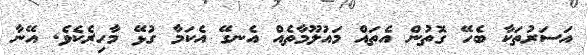
އަސަރުތަކާ ބެހޭ ގޮތުން އެތައް މައުލޫމާތެއް އެނގޭ އެކަމާ ގުޅޭ މާހިރެކެވެ. އޭނާ